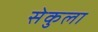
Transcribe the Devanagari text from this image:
सेकुला